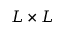
L \times L